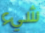
شيء